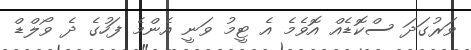
ވަރުގަދަ ސްކޮޑެއް އޮވެމެ އެ ޓީމު ވަނީ އެންމެ ފަހުގެ ދެ ވޯލްޑް